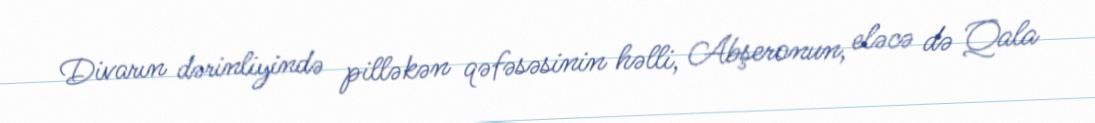
Divarın dərinliyində pilləkən qəfəsəsinin həlli, Abşeronun, eləcə də Qala